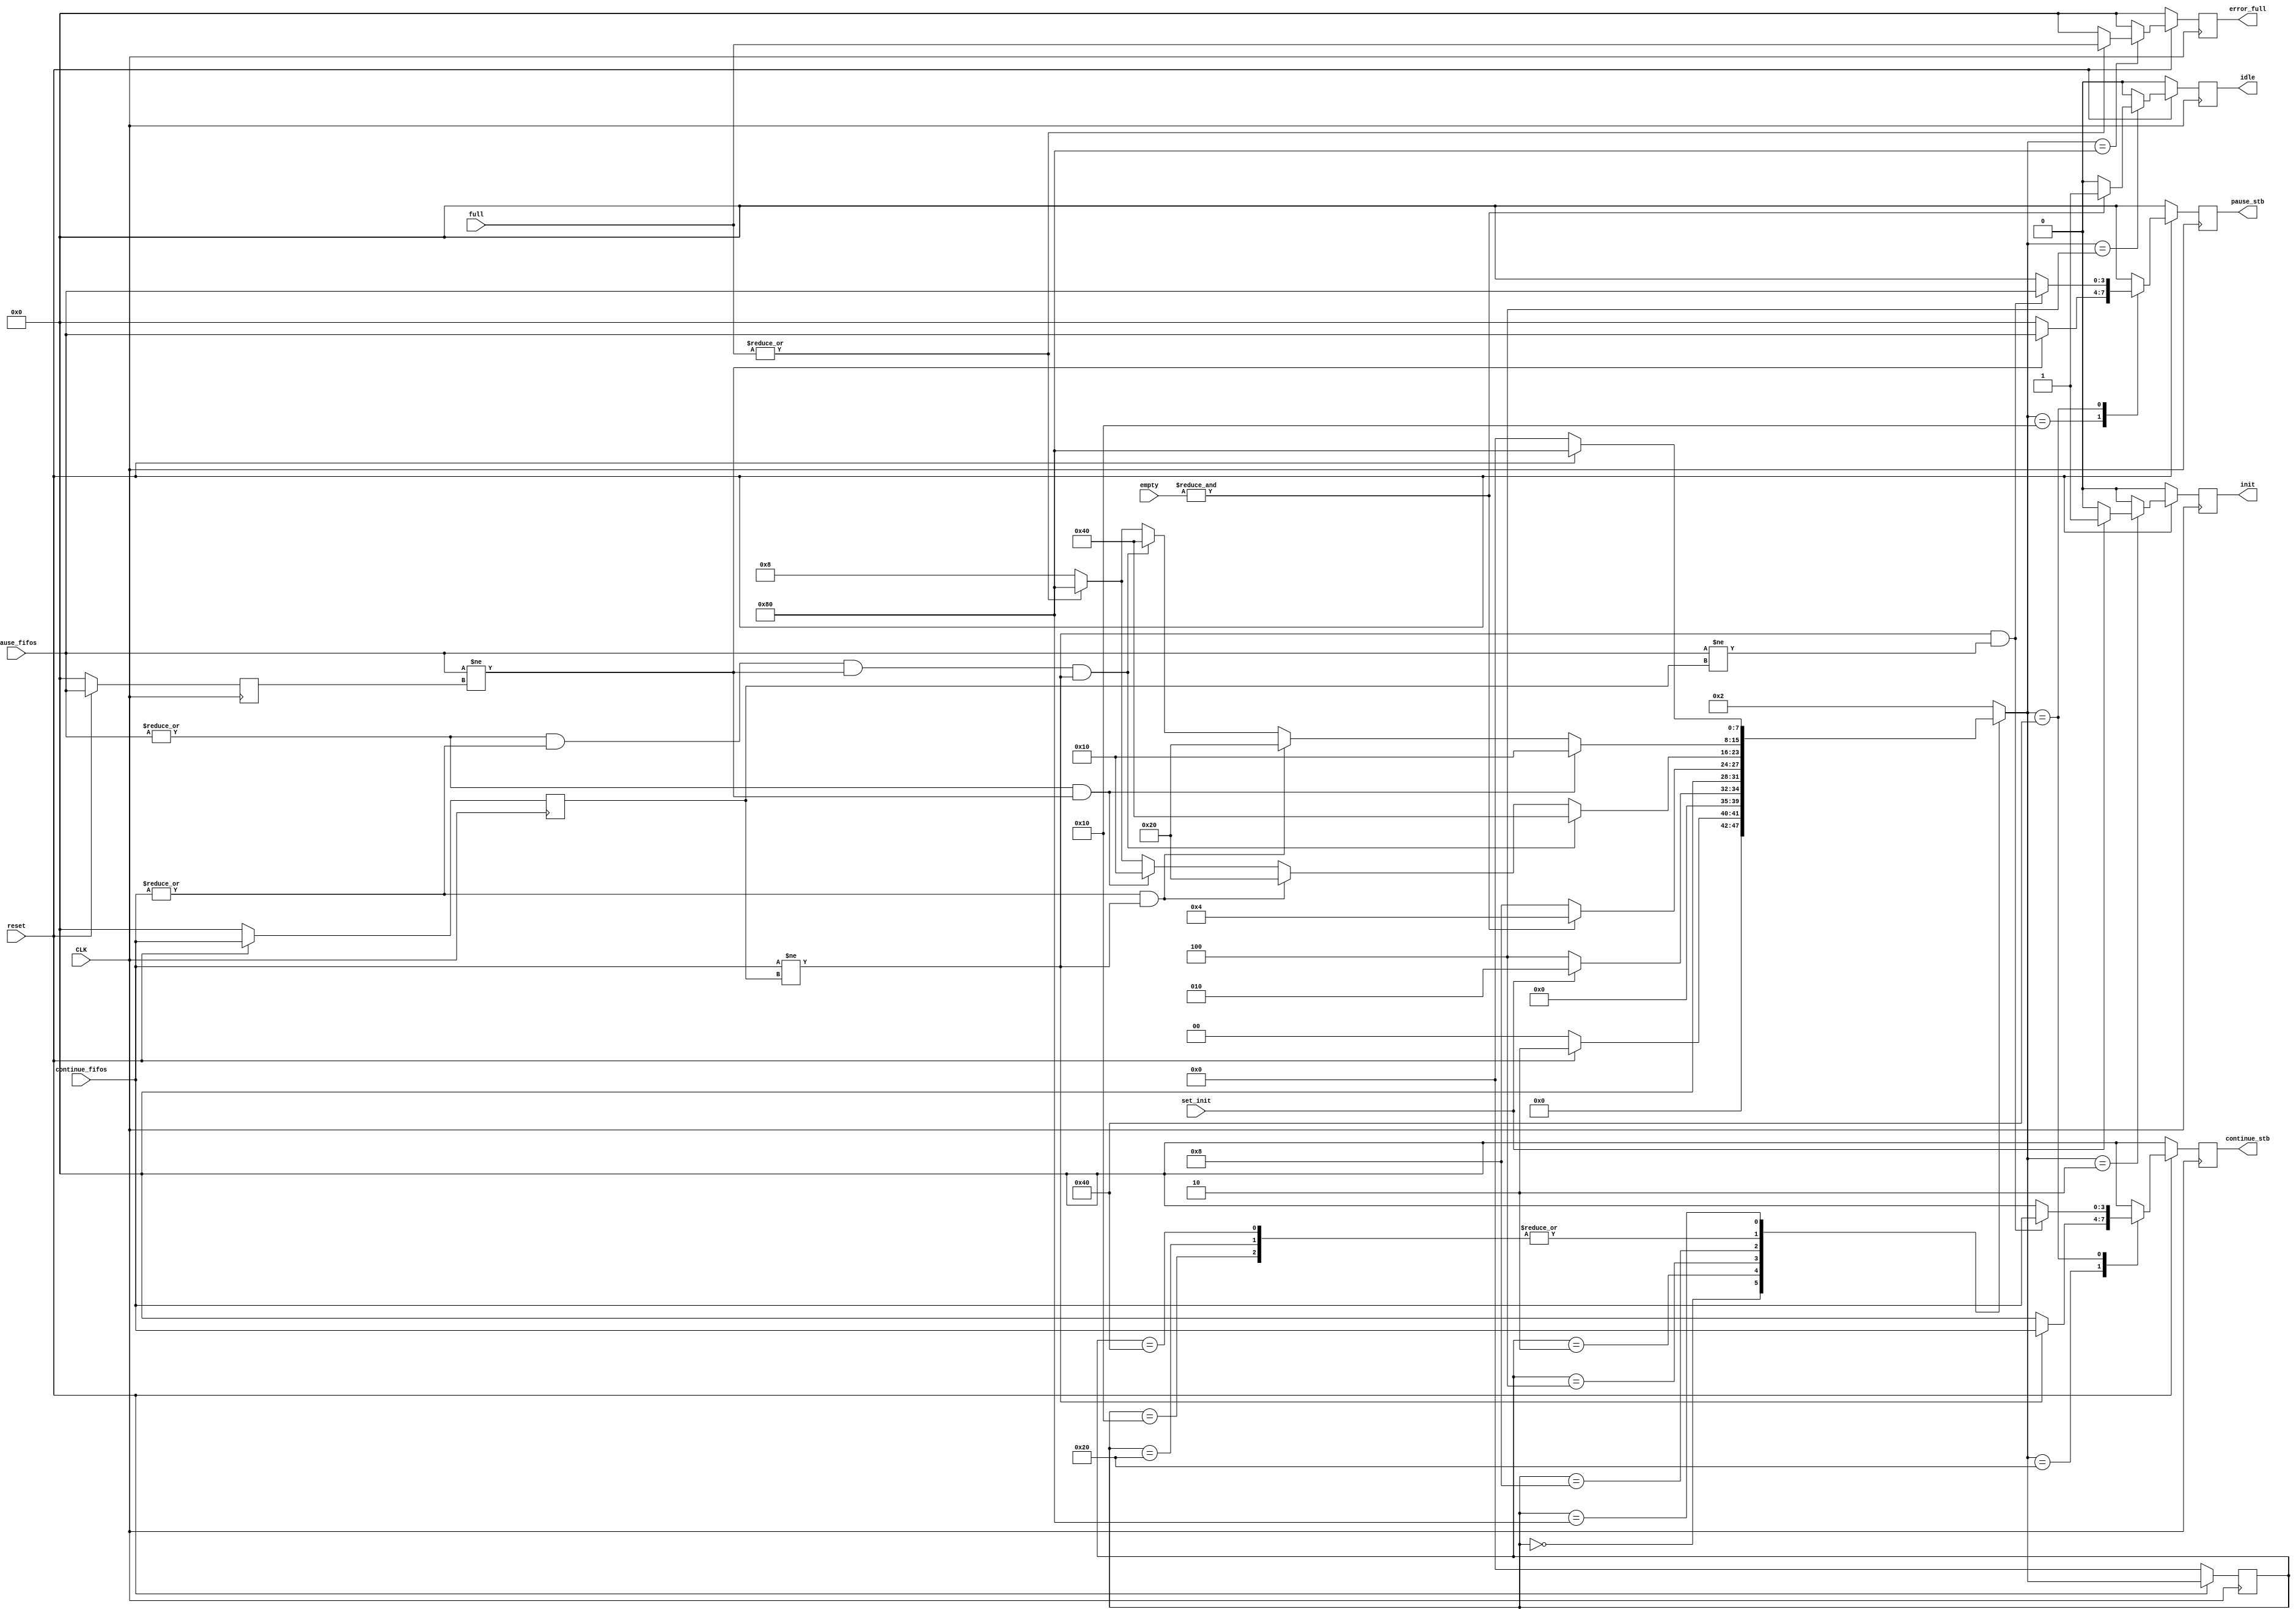
module FSM(CLK, reset, set_init, empty, full, pause_fifos, continue_fifos, init, idle, pause_stb, continue_stb, error_full);

//Declaracion de variables
input CLK, reset, set_init;
input [3:0] pause_fifos, continue_fifos, empty, full;

output reg init, idle;
output reg [3:0] continue_stb, pause_stb, error_full;
//Variables auxiliares
reg [3:0] pause_signal, continue_signal;
reg [7:0] state, next_state;

//Declaracion de estados
parameter [7:0] Reset = 8'd0,
				Init  = 8'd2,
				IDLE  = 8'd4,
				Active = 8'd8,
				Pause = 8'd16,
				Continue = 8'd32,
				Pause_Continue = 8'd64,
				Error = 8'd128;
				
//Maquina de Estados

always @(*)
	begin
	//next_state = 8'd2;
		case (state)
			Reset:  begin
					if(!reset)
						begin
							next_state = Reset;
						end
					else 
						begin
							next_state = Init;
						end
					end
					
			Init:   begin
					if(set_init)
						begin
							next_state = Init;
						end
					else
						begin
							next_state = IDLE;
						end
					end
					
			IDLE:	begin
					if(&(empty))
						begin
							next_state = IDLE;
						end
					else
						begin
							next_state = Active;
						end

					end
			Active: 
				begin
				if(|pause_fifos && |continue_fifos && pause_fifos!=pause_signal && continue_fifos!=continue_signal)
					begin
						next_state = Pause_Continue;
					end
				else if(|continue_fifos && continue_fifos!=continue_signal)
					begin
						next_state = Continue;
					end
				else if(|pause_fifos && pause_fifos!=pause_signal)
					begin
						next_state = Pause;
					end
				else if(|(full))
					begin
						next_state = Error;
					end	
				else 
					begin
						next_state = Active;
					end
				end

			Pause:
				begin
				if(|pause_fifos && pause_fifos!=pause_signal)
					begin
						next_state = Pause;
					end
				else if(|continue_fifos && continue_fifos!=continue_signal)
					begin
						next_state = Continue;
					end
				else if(|pause_fifos && |continue_fifos && pause_fifos!=pause_signal && continue_fifos!=continue_signal)
					begin
						next_state = Pause_Continue;
					end
				else if(|(full))
					begin
						next_state = Error;
					end
				else 
					begin
						next_state = Active;
					end
				end

			Continue:
				begin
				if(|pause_fifos && pause_fifos!=pause_signal)
					begin
						next_state = Pause;
					end
				else if(|continue_fifos && continue_fifos!=continue_signal)
					begin
						next_state = Continue;
					end
				else if(|pause_fifos && |continue_fifos && pause_fifos!=pause_signal && continue_fifos!=continue_signal)
					begin
						next_state = Pause_Continue;
					end
				else if(|(full))
					begin
						next_state = Error;
					end
				else 
					begin
						next_state = Active;
					end
				end
				
			Pause_Continue:
				begin
				if(|pause_fifos && pause_fifos!=pause_signal)
					begin
						next_state = Pause;
					end
				else if(|continue_fifos && continue_fifos!=continue_signal)
					begin
						next_state = Continue;
					end
				else if(|pause_fifos && |continue_fifos && pause_fifos!=pause_signal && continue_fifos!=continue_signal)
					begin
						next_state = Pause_Continue;
					end
				else if(|(full))
					begin
						next_state = Error;
					end
				else 
					begin
						next_state = Active;
					end
				end
			
			Error:  begin
					if(!reset)
						begin
							next_state = Reset;
						end
					else
						begin
							next_state = Error;
						end
					end
			default: 
					begin 
						next_state = Init;
						//next_state = state;
					end
		endcase	
	end
	
always @(posedge CLK)
	begin
		if(!reset)
			begin
				state <= 8'd0;
				//pause_signal <= 0;
				//continue_signal<= 0; 
			end
		else 
			begin
				state <= next_state;
			end
	end

//Logica para salidas
always @(posedge CLK)
	begin
	if(!reset)
		begin
			init <= 0;
			idle <= 0;
			error_full <= 4'd0;
			continue_stb <= 4'd0;
			pause_stb <= 4'd0;
			pause_signal<=4'd0;
			continue_signal<=4'd0;
		end
	else
		begin
		init <= 0;
		idle <= 0;
		error_full <= 4'd0;
		continue_stb <= 4'd0;
		pause_stb <= 4'd0;
		pause_signal <= pause_fifos;
		continue_signal <= continue_fifos;	
		
			case(next_state)

			Init:
				begin
					idle <= 0;
					error_full <= 4'd0;
					continue_stb <= 4'd0;
					pause_stb <= 4'd0;
					pause_signal <= pause_fifos;
					continue_signal <= continue_fifos;
					if (set_init)
						begin
							init <= 1;
						end
					else
						begin
							init <= 0;
						end
				end
				
			IDLE:
				begin
					error_full <= 4'd0;
					continue_stb <= 4'd0;
					pause_stb <= 4'd0;
					pause_signal <= pause_fifos;
					continue_signal <= continue_fifos;	
					init <= 0;
					if(&(empty))
						begin
							idle <= 1;
						end
					else
						begin
							idle <= 0;
						end
				end
				
			Pause:
				begin
					init <= 0;
					idle <= 0;
					error_full <= 4'd0;
					continue_stb <= 4'd0;
					if (pause_fifos != pause_signal)
						begin
							pause_stb <= pause_fifos;
						end
					else
						begin
							pause_stb <= 4'd0;
						end
					continue_signal <= continue_fifos;
					pause_signal<= pause_fifos;
				end
			
			Continue:
				begin
					init <= 0;
					idle <= 0;
					error_full <= 4'd0;
					pause_stb <= 4'd0;
					if (continue_fifos != continue_signal)
						begin
							continue_stb <= continue_fifos;
						end
					else
						begin
							continue_stb <= 4'd0;
						end
					continue_signal <= continue_fifos;
					pause_signal<= pause_fifos;
				end
			Pause_Continue:
				begin
					init <= 0;
					idle <= 0;
					error_full <= 4'd0;
					if (continue_fifos != continue_signal && pause_fifos!= continue_signal)
						begin
							pause_stb <= pause_fifos;
							continue_stb <= continue_fifos;
						end
					else
						begin
							pause_stb <= 4'd0;
							continue_stb <= 4'd0;
						end
					continue_signal <= continue_fifos;
					pause_signal<= pause_fifos;
				end
			
			Error:  
				begin
					init <= 0;
					idle <= 0;
					continue_stb <= 4'd0;
					pause_stb <= 4'd0;
					pause_signal <= pause_fifos;
					continue_signal <= continue_fifos;
					if(|(full))
						begin
							error_full <= full;
						end 
					else
						begin
							error_full <= 4'd0;
						end
				end
				
			default: 
				begin
					init <= 0;
					idle <= 0;
					error_full <= 4'd0;
					continue_stb <= 4'd0;
					pause_stb <= 4'd0;
					pause_signal <= pause_fifos;
					continue_signal <= continue_fifos;			
				end
			
			endcase
		end
	end

endmodule